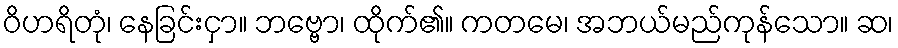
ဝိဟရိတုံ၊ နေခြင်းငှာ။ ဘဗ္ဗော၊ ထိုက်၏။ ကတမေ၊ အဘယ်မည်ကုန်သော။ ဆ၊